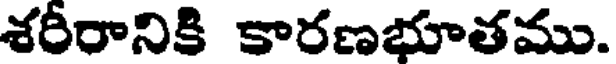
శరీరానికి కారణభూతము.